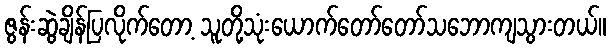
ဇွန်းဆွဲချိန်ပြလိုက်တော့ သူတို့သုံးယောက်တော်တော်သဘောကျသွားတယ်။